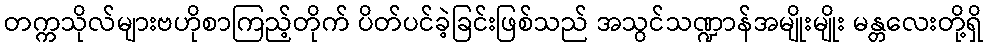
တက္ကသိုလ်များဗဟိုစာကြည့်တိုက် ပိတ်ပင်ခဲ့ခြင်းဖြစ်သည် အသွင်သဏ္ဍာန်အမျိုးမျိုး မန္တလေးတို့ရှိ